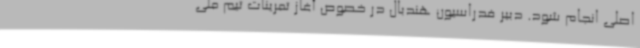
اصلی انجام شود. دبیر فدراسیون هندبال در خصوص آغاز تمرینات تیم ملی